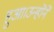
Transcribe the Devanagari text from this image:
हुआ।उन्होंने